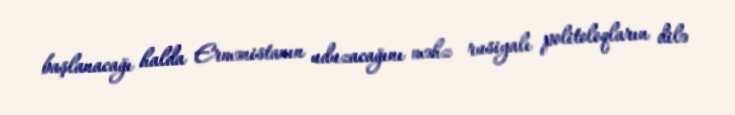
başlanacağı halda Ermənistanın uduzacağını məhz rusiyalı politoloqların dilə